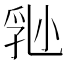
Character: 𡮈